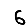
Digit: 6